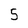
Character: 5